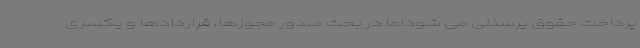
پرداخت حقوق پرسنلی می شوداما در بحث صدور مجوزها، قراردادها و یکسری